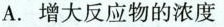
A.增大反应物的浓度